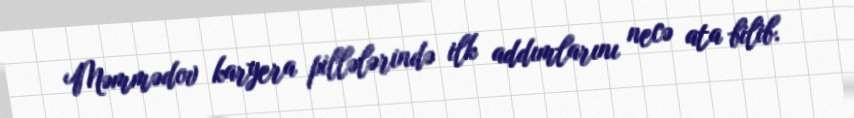
Məmmədov karyera pillələrində ilk addımlarını necə ata bilib.